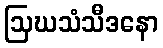
ဩဃသံသီဒနော